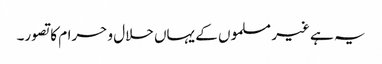
یہ ہے غیر مسلموں کے یہاں حلال و حرام کا تصور۔